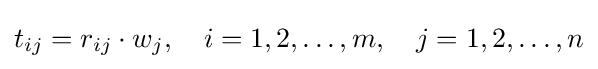
t_{ij}=r_{ij}\cdot w_{j},\quad i=1,2,\ldots ,m,\quad j=1,2,\ldots ,n